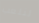
لنلعب